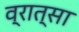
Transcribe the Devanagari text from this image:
व्रात्सा